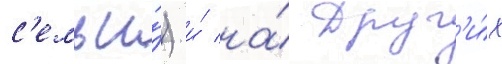
с'емьи́) и́ на́ друг'и́х